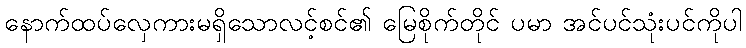
နောက်ထပ်လှေကားမရှိသောလင့်စင်၏ မြေစိုက်တိုင် ပမာ အင်ပင်သုံးပင်ကိုပါ